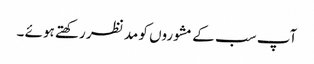
آپ سب کے مشوروں کو مد نظر رکھتے ہوئے ۔